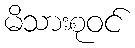
မိသားစုဝင်